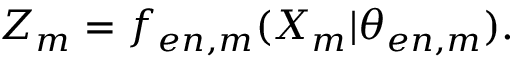
Z _ { m } = f _ { e n , m } ( { X } _ { m } | \theta _ { e n , m } ) .